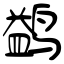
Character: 鹢